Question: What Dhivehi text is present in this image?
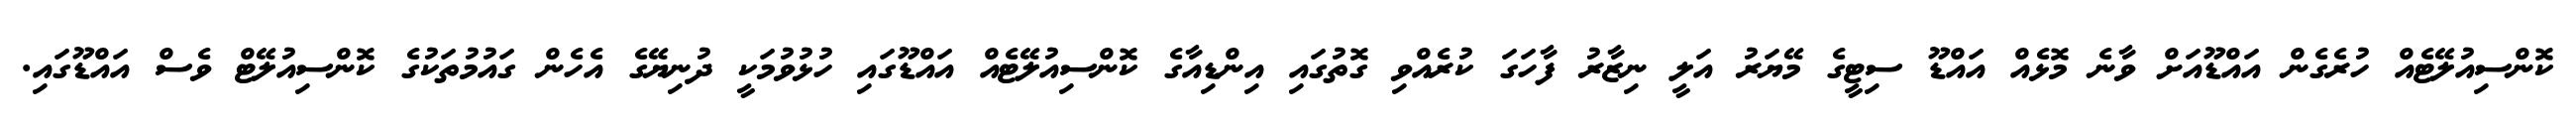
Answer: ކޮންސިއުލޭޓެއް ހުރެގެން އައްޑޫއަށް ވާނެ މޮޅެއް އައްޑޫ ސިޓީގެ މޭޔަރު އަލީ ނިޒާރު ފާހަގަ ކުރެއްވި ގޮތުގައި އިންޑިއާގެ ކޮންސިއުލޭޓެއް އައްޑޫގައި ހުޅުވުމަކީ ދުނިޔޭގެ އެހެން ގައުމުތަކުގެ ކޮންސިއުލޭޓް ވެސް އައްޑޫގައި.